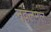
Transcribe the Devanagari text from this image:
नवलमल